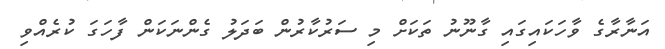
އަނާރާގެ ވާހަކައިގައި ގާނޫނު ތަކަށް މި ސަރުކާރުން ބަދަލު ގެންނަކަން ފާހަގަ ކުރެއްވި